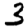
Digit: 3